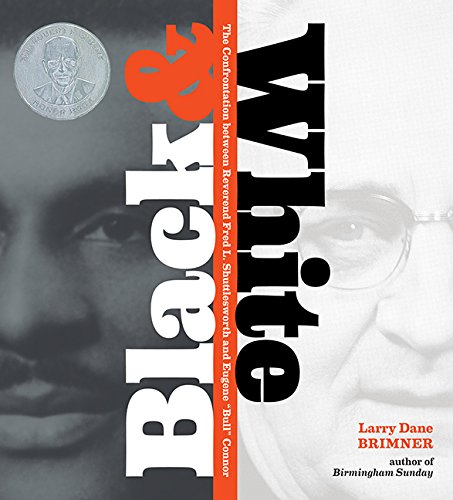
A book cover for Black & White: The Confrontation between Reverend Fred L. Shuttlesworth and Eugene "Bull" Connor; Larry Dane Brimner; Teen & Young Adult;